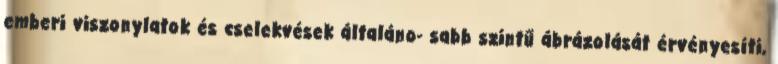
emberi viszonylatok és cselekvések általáno- sabb szintű ábrázolását érvényesíti,